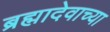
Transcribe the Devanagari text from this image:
ब्रह्मादेवाच्या